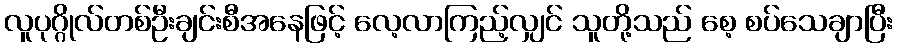
လူပုဂ္ဂိုလ်တစ်ဦးချင်းစီအနေဖြင့် လေ့လာကြည့်လျှင် သူတို့သည် စေ့ စပ်သေချာပြီး